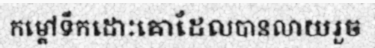
កម្តៅទឹកដោះគោដែលបានលាយរួច